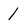
Character: 1